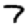
Digit: 7